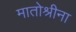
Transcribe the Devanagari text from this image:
मातोश्रीना